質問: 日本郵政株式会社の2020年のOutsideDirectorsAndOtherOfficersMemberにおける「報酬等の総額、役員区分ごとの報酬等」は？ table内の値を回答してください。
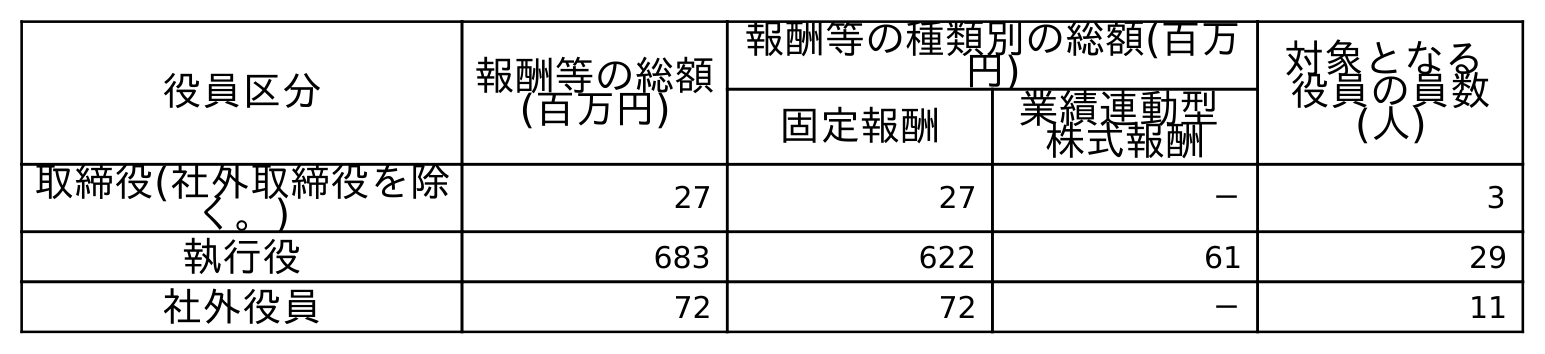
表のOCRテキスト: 役員区分 報酬等の総額 (百万円) 報酬等の種類別の総額(百万 円) 対象となる 役員の員数 (人) 固定報酬 業績連動型 株式報酬 取締役(社外取締役を除 く。) 27 27 － 3 執行役 683 622 61 29 社外役員 72 72 － 11
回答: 72